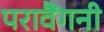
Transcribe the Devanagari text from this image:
परावैंगनी